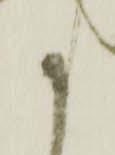
せ